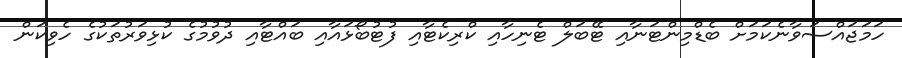
ހަމަޖައްސަވާނެކަމަށް ބެޑްމިންޓަނާއި ޓޭބަލް ޓެނިހާއި ކްރިކެޓާއި ފުޓުބޯޅައާއި ބައްޓާއި ދުވުމުގެ ކުޅިވަރުތަކުގެ ހެވިކަން